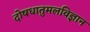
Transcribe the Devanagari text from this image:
दोषधातुमलविज्ञान